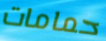
حمامات